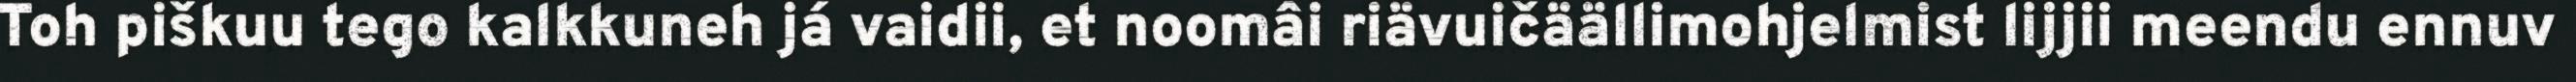
Toh piškuu tego kalkkuneh já vaidii, et noomâi riävuičäällimohjelmist lijjii meendu ennuv